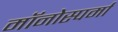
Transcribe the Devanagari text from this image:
मॉनोस्पर्मा